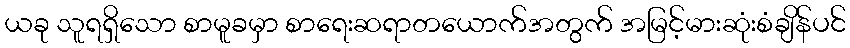
ယခု သူရရှိသော စာမူခမှာ စာရေးဆရာတယောက်အတွက် အမြင့်မားဆုံးစံချိန်ပင်